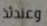
وعندئذ